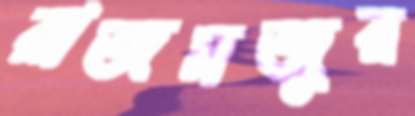
রাজমজুর